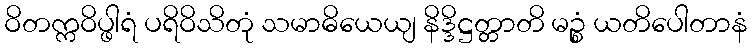
ဝိတက္ကဝိပ္ဖါရံ ပရိဝိသိတုံ သမာဓိယေယျ နိဒ္ဒိဋ္ဌတ္တာတိ မဉ္စံ ယတိပေါတာနံ